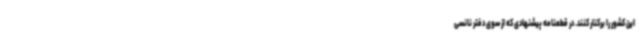
این کشور را برکنار کنند. در قطعنامه پیشنهادی که از سوی دفتر نانسی